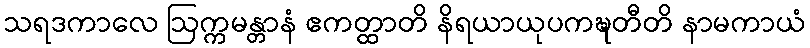
သရဒကာလေ ဩက္ကမန္တာနံ ဧကတ္ထာတိ နိရယာယုပကဍ္ဎတီတိ နာမကာယံ